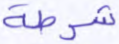
شرطة